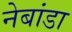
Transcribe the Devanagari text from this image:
नेबांडा